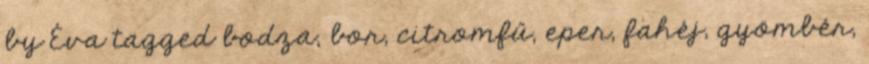
by Éva tagged bodza, bor, citromfű, eper, fahéj, gyömbér,